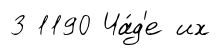
3 1190 Ча́д'е их